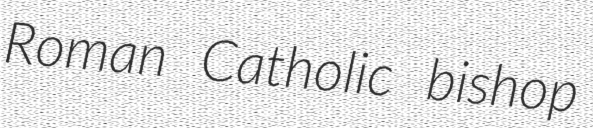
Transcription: Roman Catholic bishop